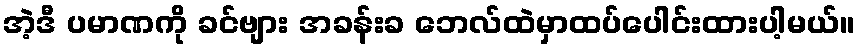
အဲ့ဒီ ပမာဏကို ခင်ဗျား အခန်းခ ဘေလ်ထဲမှာထပ်ပေါင်းထားပါ့မယ်။